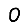
Digit: 0